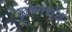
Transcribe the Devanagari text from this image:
कृष्णचंद